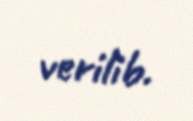
verilib.